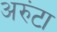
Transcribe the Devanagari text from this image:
अरुंटा